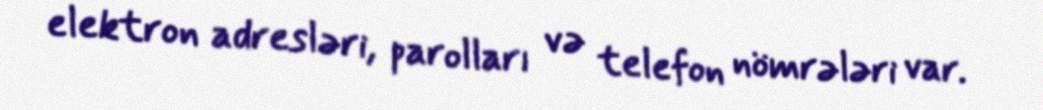
elektron adresləri, parolları və telefon nömrələri var.